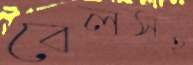
বেলসহ